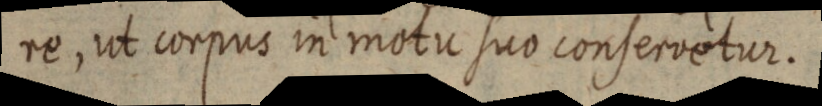
re, ut corpus in motu suo conservetur.